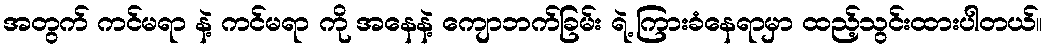
အတွက် ကင်မရာ နဲ့ ကင်မရာ ကို အနေနဲ့ ကျောဘက်ခြမ်း ရဲ့ ကြားခံနေရာမှာ ထည့်သွင်းထားပါတယ်။